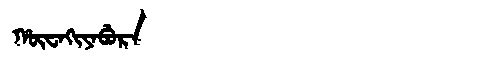
Manchu: ᡥᡡᠸᠠᡴᡳᠶᠠᠪᡠᡵᠠ
Romanization: HŪWAKIYABURA